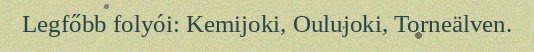
Legfőbb folyói: Kemijoki, Oulujoki, Torneälven.